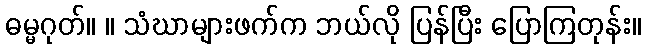
ဓမ္မဂုတ်။ ။ သံဃာများဖက်က ဘယ်လို ပြန်ပြီး ပြောကြတုန်း။